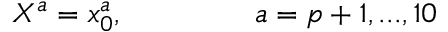
X ^ { a } = x _ { 0 } ^ { a } , ~ ~ ~ ~ ~ ~ ~ ~ ~ ~ ~ ~ ~ a = p + 1 , . . . , 1 0